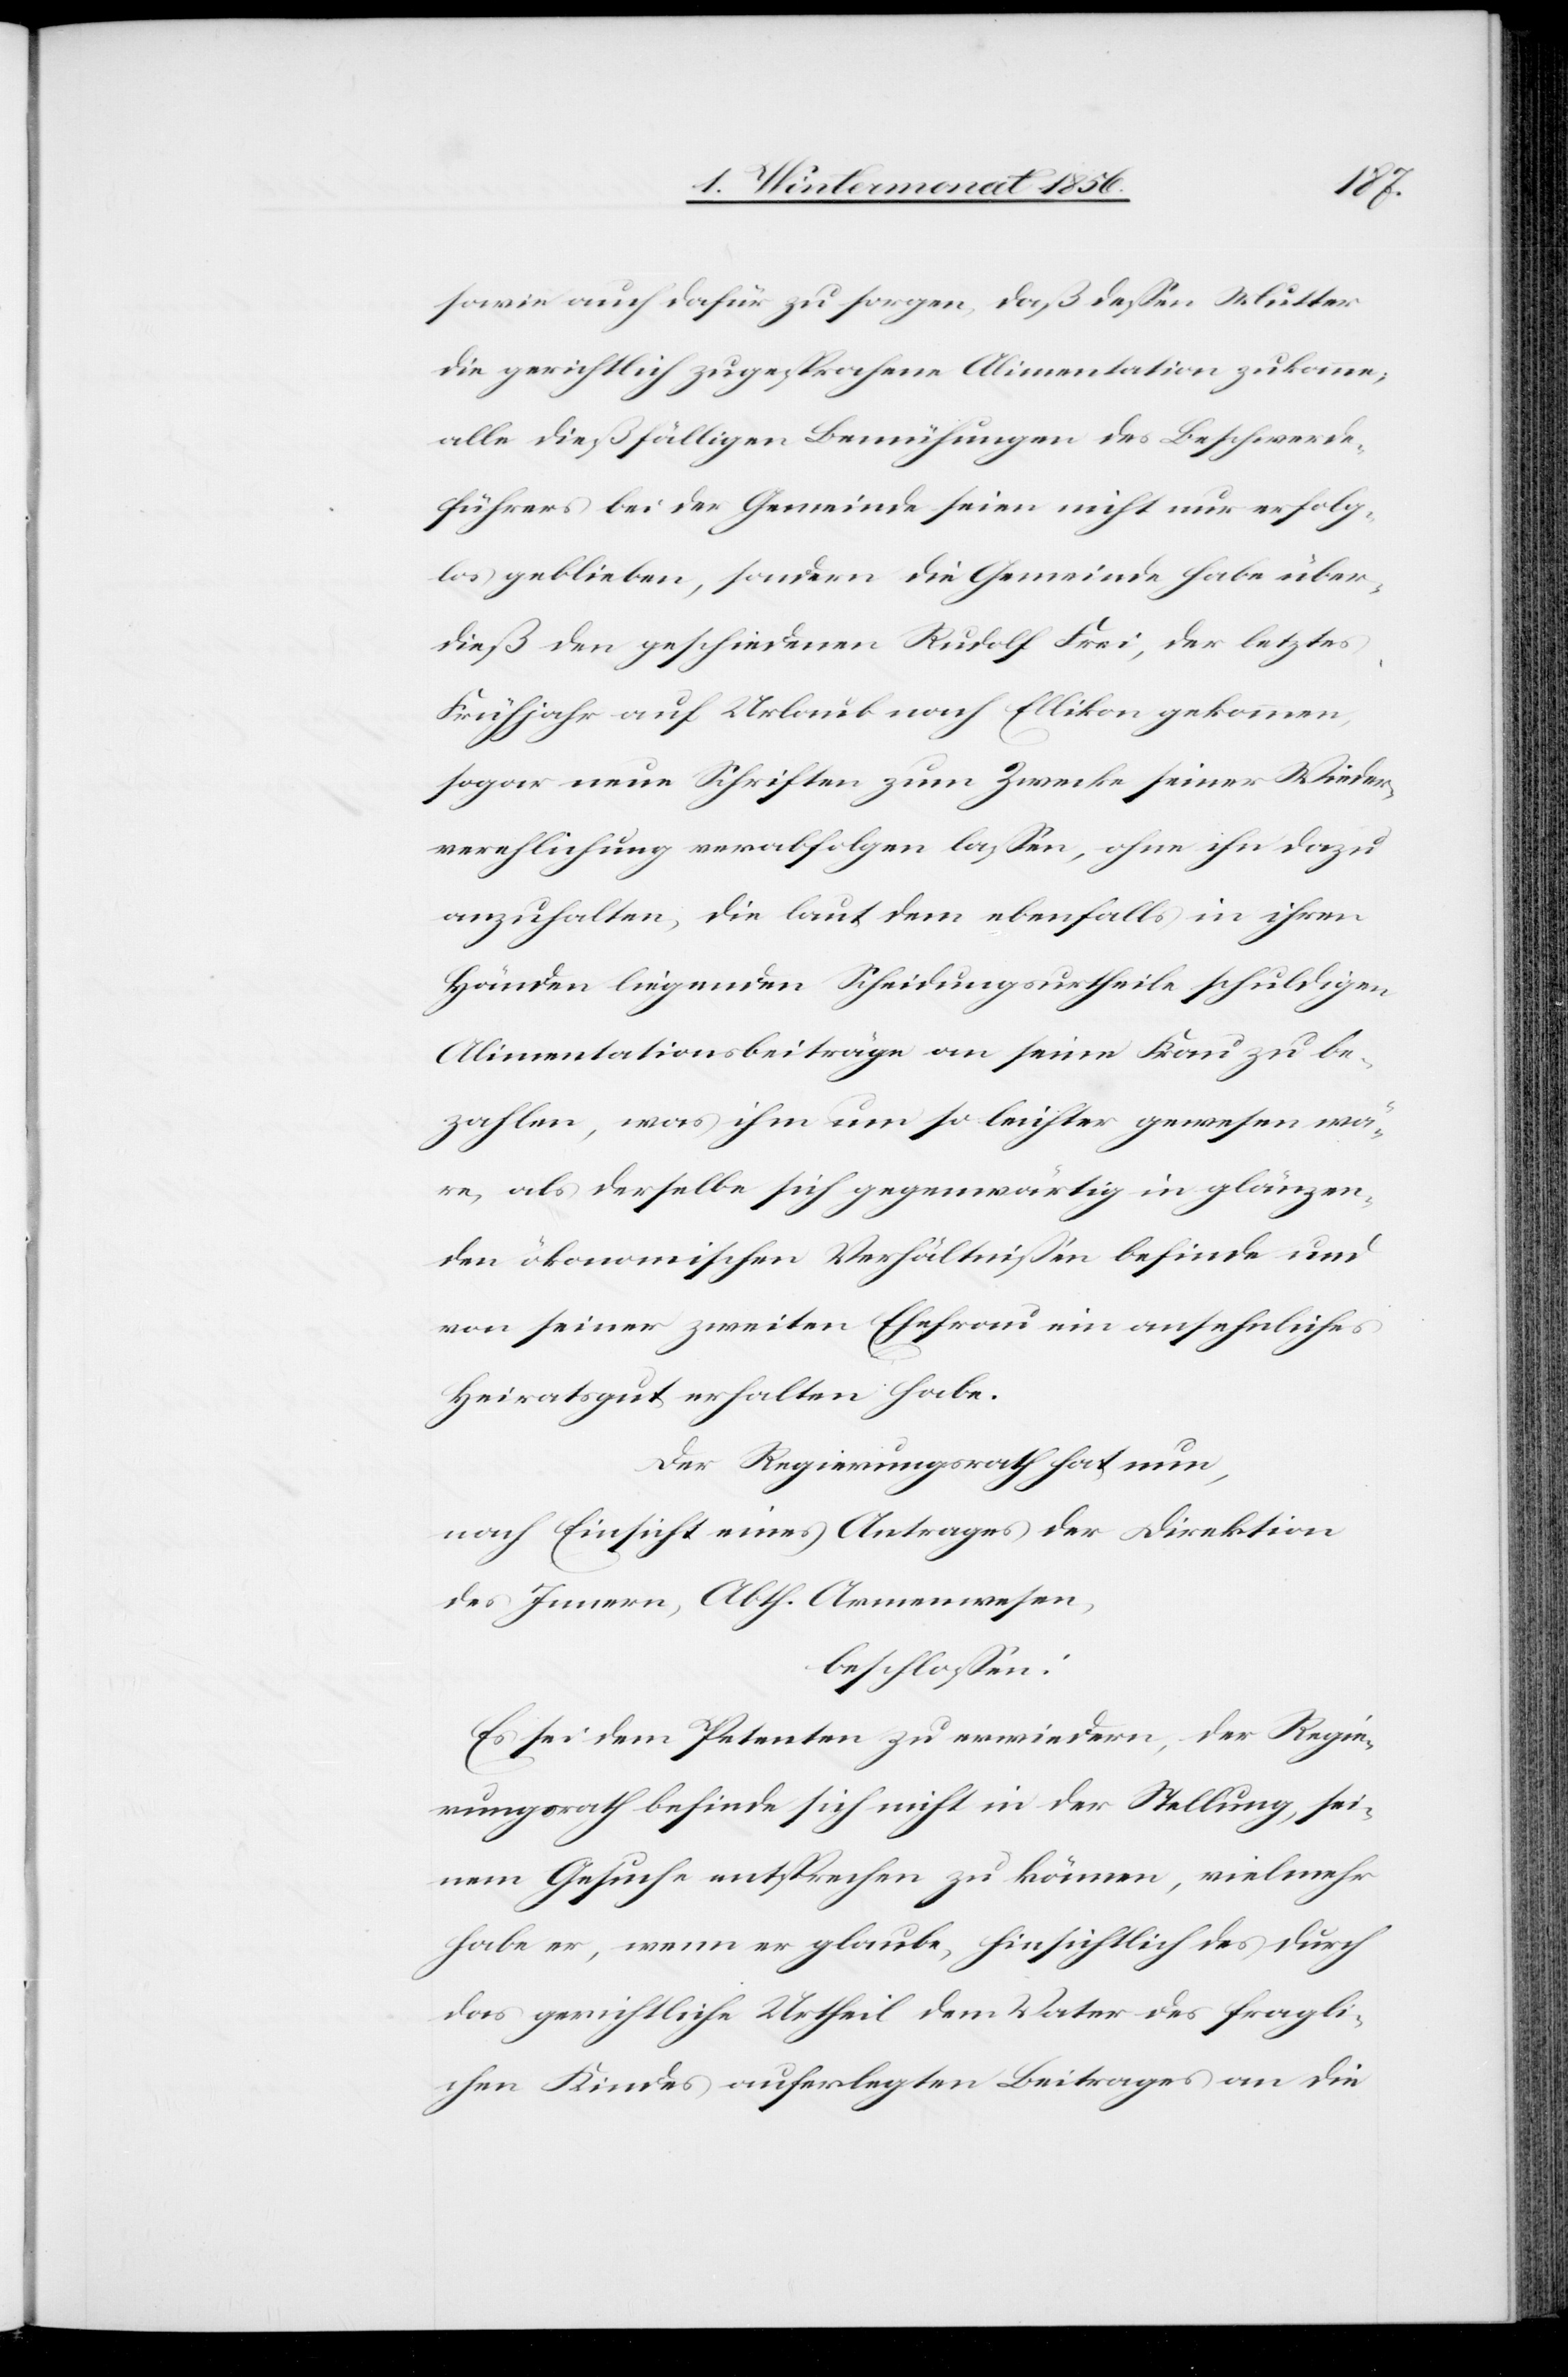
sowie auch dafür zu sorgen, daß dessen Mutter
die gerichtlich zugesprochene Alimentation zukomme;
alle dießfälligen Bemühungen des Beschwerde¬
führers bei der Gemeinde seien nicht nur erfolg¬
los geblieben, sondern die Gemeinde habe über¬
dieß den geschiedenen Rudolf Frei, der letztes
Frühjahr auf Urlaub nach Ellikon gekommen,
sogar neue Schriften zum Zwecke seiner Wieder¬
verehlichung verabfolgen lassen, ohne ihn dazu
anzuhalten, die laut dem ebenfalls in ihren
Händen liegenden Scheidungsurtheile schuldigen
Alimentationsbeiträge an seine Frau zu be¬
zahlen, was ihm um so leichter gewesen wä¬
re, als derselbe sich gegenwärtig in glänzen¬
den ökonomischen Verhältnissen befinde und
von seiner zweiten Ehefrau ein ansehnliches
Heiratsgut erhalten habe.
Der Regierungsrath hat nun,
nach Einsicht eines Antrages der Direktion
des Innern, Abth. Armenwesen,
beschlossen:
Es sei dem Petenten zu erwiedern, der Regie¬
rungsrath befinde sich nicht in der Stellung sei¬
nem Gesuche entsprechen zu können, vielmehr
habe er, wenn er glaube, hinsichtlich des durch
das gerichtliche Urtheil dem Vater des fragli¬
chen Kindes auferlegten Beitrages an die